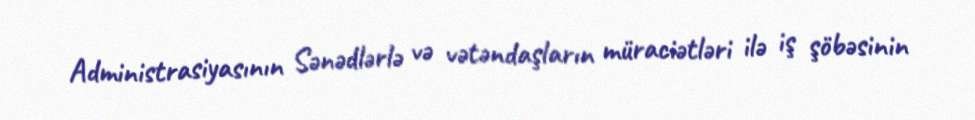
Administrasiyasının Sənədlərlə və vətəndaşların müraciətləri ilə iş şöbəsinin